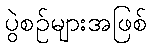
ပွဲစဉ်များအဖြစ်